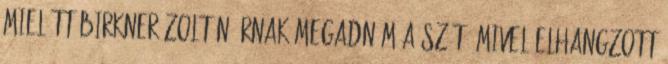
Mielőtt Birkner Zoltán úrnak megadnám a szót, mivel elhangzott